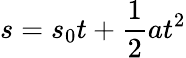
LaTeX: s=s_{0}t+\frac{1}{2}at^{2}